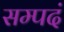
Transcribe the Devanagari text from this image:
सम्पदं